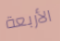
الأربعة